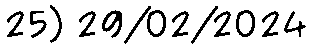
25) 29/02/2024